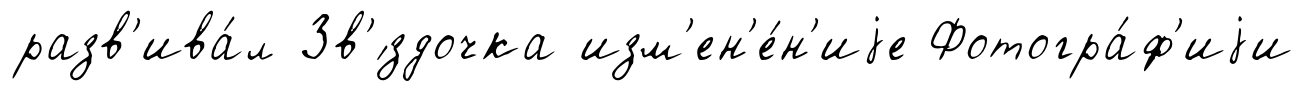
разв'ива́л Зв'́здочка изм'ен'е́н'иjе Фотогра́ф'иjи